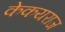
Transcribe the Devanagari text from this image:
केकयराज